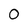
Character: 0